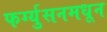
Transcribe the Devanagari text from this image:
फर्ग्युसनमधून